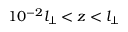
1 0 ^ { - 2 } l _ { \perp } < z < l _ { \perp }